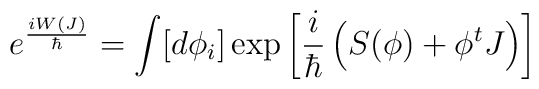
e^{\frac{i W(J)}{\hbar}}=\int [d\phi_i] \exp\left[ \frac{i}{\hbar} \left( S(\phi) + \phi^t J\right) \right]